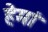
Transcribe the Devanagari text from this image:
हेमां